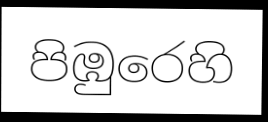
පිඹුරෙහි